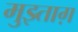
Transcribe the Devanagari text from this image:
मुझ्ताग़